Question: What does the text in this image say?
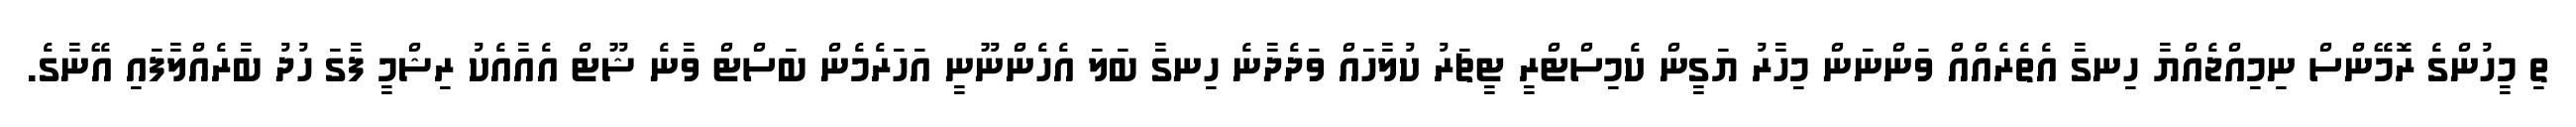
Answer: ތި މީހުންގެ ރޮމޭންސް ނިމިއްޖެއްޔާ ހިނގާ އެތެރެއްއް ވަންނަން މިހާރު ޔަގީން ކެމިސްޓްރީ ޓީޗަރު ކުލާހައް ވަދެދާނެ ހިނގާ ބަލަ އެހެންނޫނީ އަހަރެމެން ބަސްޓް ވާނެ ޝޫޓް އެއާއެކު ރިޝްމީ ފާގަ ހުދު ބާރެއްލާފައި އޭނާގެ.